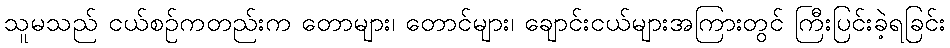
သူမသည် ငယ်စဉ်ကတည်းက တောများ၊ တောင်များ၊ ချောင်းငယ်များအကြားတွင် ကြီးပြင်းခဲ့ရခြင်း